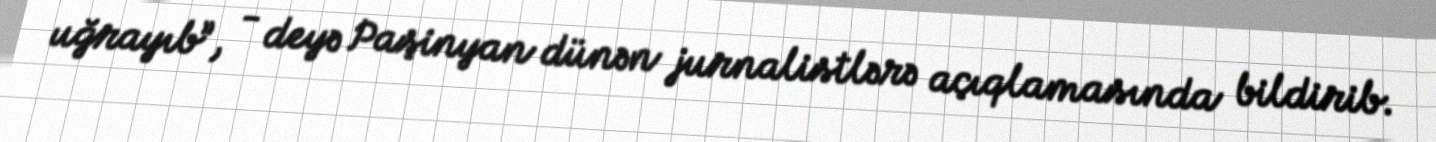
uğrayıb”, - deyə Paşinyan dünən jurnalistlərə açıqlamasında bildirib.